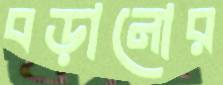
বড়ানোর